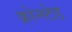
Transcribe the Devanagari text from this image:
क्रोन्स्टेड